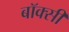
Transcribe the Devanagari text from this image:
बॉक्सी